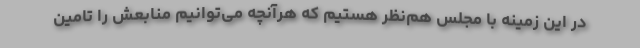
در این زمینه با مجلس هم‌نظر هستیم که هرآنچه می‌توانیم منابعش را تامین